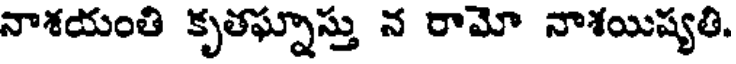
నాశయంతి కృతఘ్నాస్తు న రామో నాశయిష్యతి.